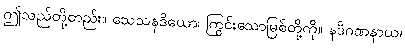
ဤသည်တို့တည်း။ သေသနဒိယော၊ ကြွင်းသောမြစ်တို့ကို။ နဒိဂဏနာယ၊